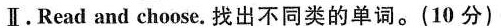
II. Read and choose.找到不同类的单词。（10分）